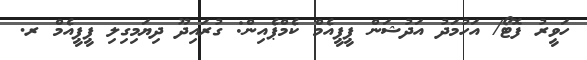
ހަވީރު ފޮޓޯ/ އަހުމަދު އަދުޝަން ޕީޕީއެމް ކެމްޕެއިން: ގުރައިދޫ ދިޔަމިގިލި ޕީޕީއެމް ރ.